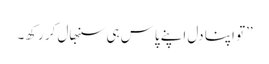
’’تو اپنا دل اپنے پاس ہی سنبھال کر رکھ۔